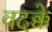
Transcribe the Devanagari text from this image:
वदक्के